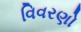
વિવરણો